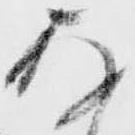
存